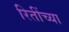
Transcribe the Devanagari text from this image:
रितींच्या